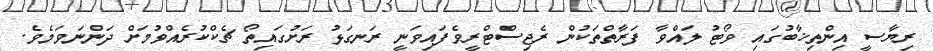
ރިޔާސީ އިންތިޚާބުގައި ވޯޓު ލައްވާ ފަރާތްތަކުން ރެޖިސްޓްރީވެފައިވަނީ ރަނގަޅު ރަށުގައިތޯ ޗެކްކުރެއްވުމަށް ދަންނަވަމެވެ.